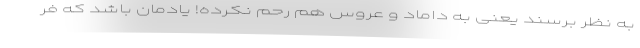
به نظر برسند یعنی به داماد و عروس هم رحم نکرده! یادمان باشد که فر